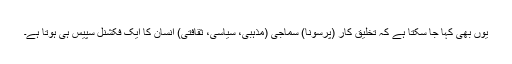
یوں بھی کہا جا سکتا ہے کہ تخلیق کار (پرسونا) سماجی (مذہبی، سیاسی، ثقافتی) انسان کا ایک فکشنل سپیس ہی ہوتا ہے۔